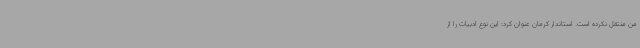
من منتقل نکرده است. استاندار کرمان عنوان کرد: این نوع ادبیات را از